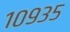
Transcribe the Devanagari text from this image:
१०९३५